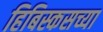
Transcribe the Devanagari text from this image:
हिबिस्कसच्या